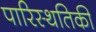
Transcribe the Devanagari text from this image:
पारिस्थतिकी